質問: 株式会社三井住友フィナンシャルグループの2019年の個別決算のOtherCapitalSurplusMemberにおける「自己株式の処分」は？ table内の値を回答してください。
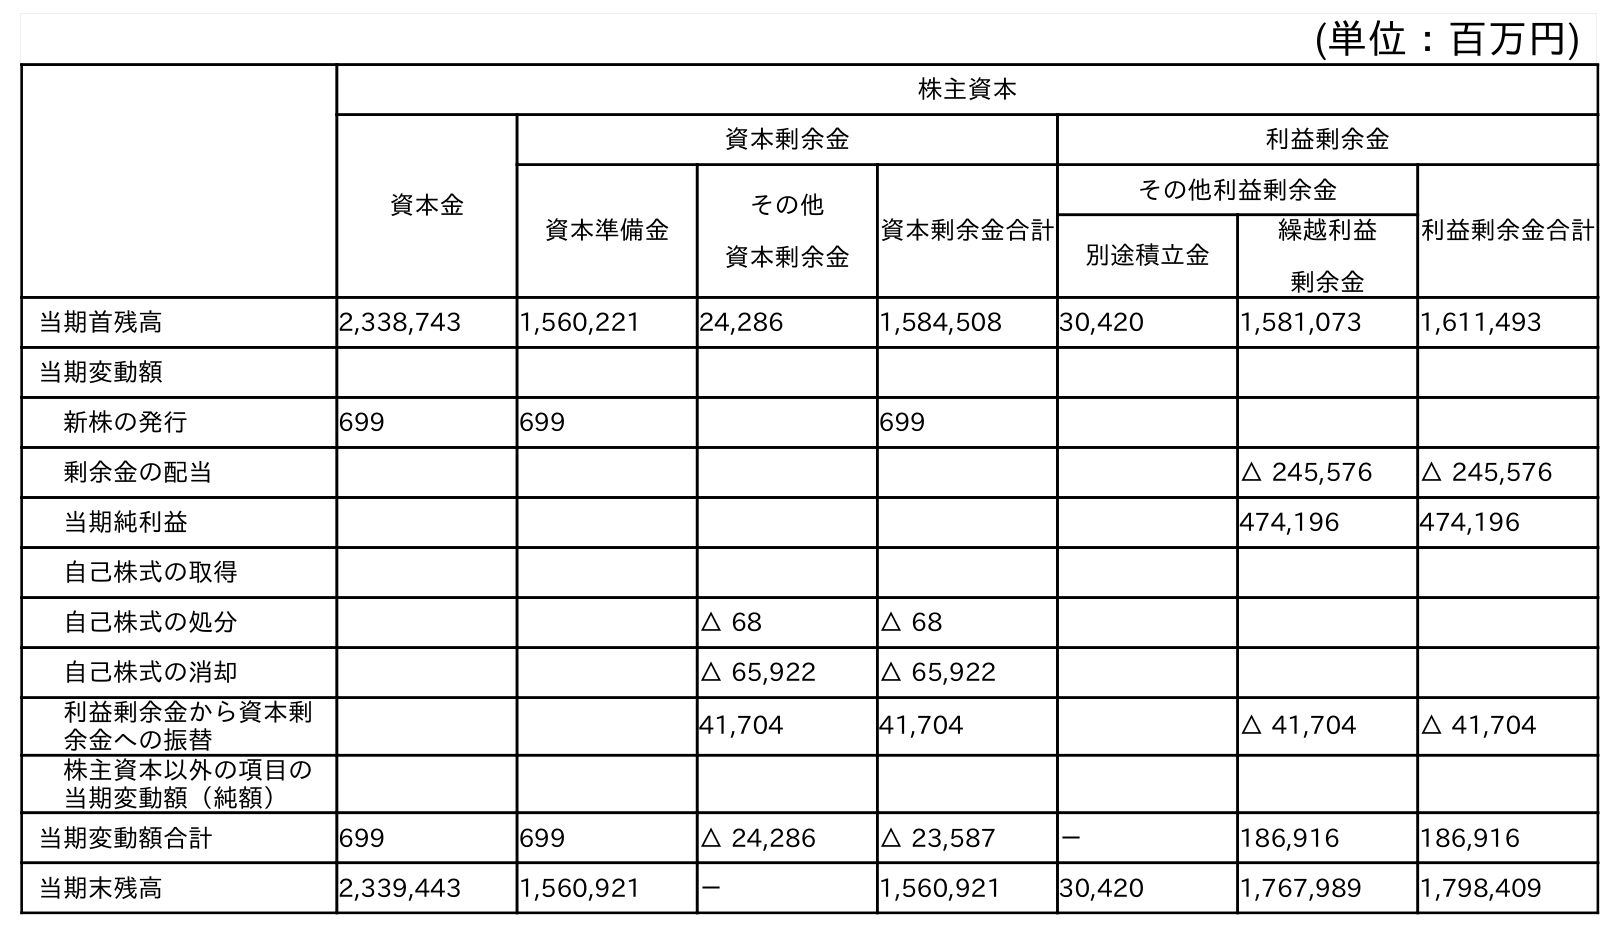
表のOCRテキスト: (単位：百万円) 株主資本 資本金 資本剰余金 利益剰余金 資本準備金 その他 資本剰余金 資本剰余金合計 その他利益剰余金 利益剰余金合計 別途積立金 繰越利益 剰余金 当期首残高 2,338,743 1,560,221 24,286 1,584,508 30,420 1,581,073 1,611,493 当期変動額 新株の発行 699 699 699 剰余金の配当 △ 245,576 △ 245,576 当期純利益 474,196 474,196 自己株式の取得 自己株式の処分 △ 68 △ 68 自己株式の消却 △ 65,922 △ 65,922 利益剰余金から資本剰 余金への振替 41,704 41,704 △ 41,704 △ 41,704 株主資本以外の項目の 当期変動額（純額） 当期変動額合計 699 699 △ 24,286 △ 23,587 － 186,916 186,916 当期末残高 2,339,443 1,560,921 － 1,560,921 30,420 1,767,989 1,798,409
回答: △68